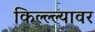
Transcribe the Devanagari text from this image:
किल्ल्ल्यावर